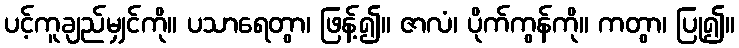
ပင့်ကူချည်မျှင်ကို။ ပသာရေတွာ၊ ဖြန့်၍။ ဇာလံ၊ ပိုက်ကွန်ကို။ ကတွာ၊ ပြု၍။